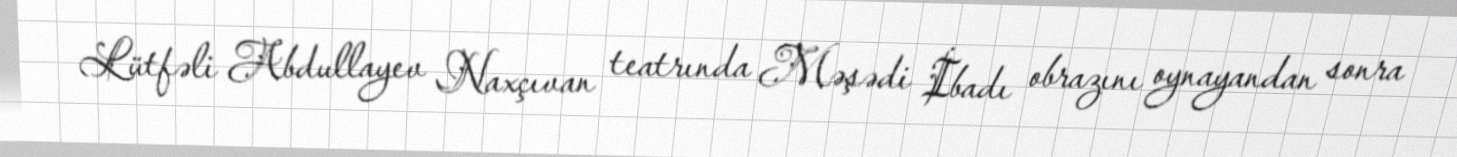
Lütfəli Abdullayev Naxçıvan teatrında Məşədi İbadı obrazını oynayandan sonra